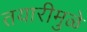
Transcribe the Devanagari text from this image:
तयारीमुळे